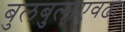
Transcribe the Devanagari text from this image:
बुलबुलाएवढा